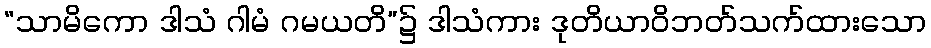
“သာမိကော ဒါသံ ဂါမံ ဂမယတိ”၌ ဒါသံကား ဒုတိယာဝိဘတ်သက်ထားသော